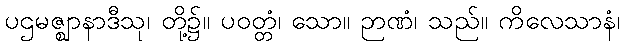
ပဌမဇ္ဈာနာဒီသု၊ တို့၌။ ပဝတ္တံ၊ သော။ ဉာဏံ၊ သည်။ ကိလေသာနံ၊